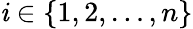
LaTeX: \mathit{i}\in\{ 1,2,\dots,n\}